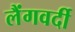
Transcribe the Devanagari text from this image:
लैंगवर्दी